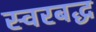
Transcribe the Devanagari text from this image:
स्‍वरबद्ध